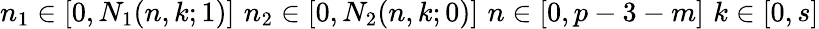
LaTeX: n_{1}\in[0,N_{1}(n,k;1)]\, \, n_{2}\in[0,N_{2}(n,k;0)]\, \, n\in[0,p-3-m]\, \, k\in[0,s]